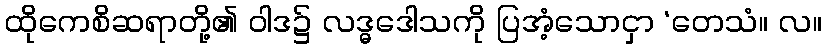
ထိုကေစိဆရာတို့၏ ဝါဒ၌ လဒ္ဓဒေါသကို ပြအံ့သောငှာ ‘တေသံ။ လ။